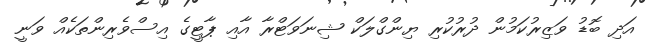
އަދި ބޮޑު ވަޒިރުކަމުން ދުރުކުރި ޔިންގްލަކް ޝިނަވަޓްރާ އާއި ޕާޓީގެ އިސްވެރިންތަކެއް ވަނީ